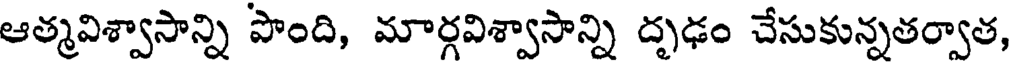
ఆత్మవిశ్వాసాన్ని పొంది, మార్గవిశ్వాసాన్ని దృఢం చేసుకున్నతర్వాత,